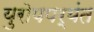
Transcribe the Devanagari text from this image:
युरोपपर्यंत